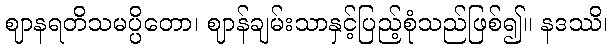
ဈာနရတိသမပ္ပိတော၊ ဈာန်ချမ်းသာနှင့်ပြည့်စုံသည်ဖြစ်၍။ နဒဿိ၊